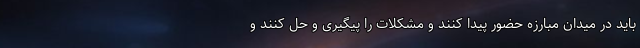
باید در میدان مبارزه حضور پیدا کنند و مشکلات را پیگیری و حل کنند و